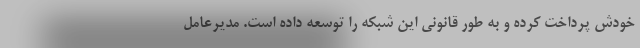
خودش پرداخت کرده و به طور قانونی این شبکه را توسعه داده است. مدیرعامل